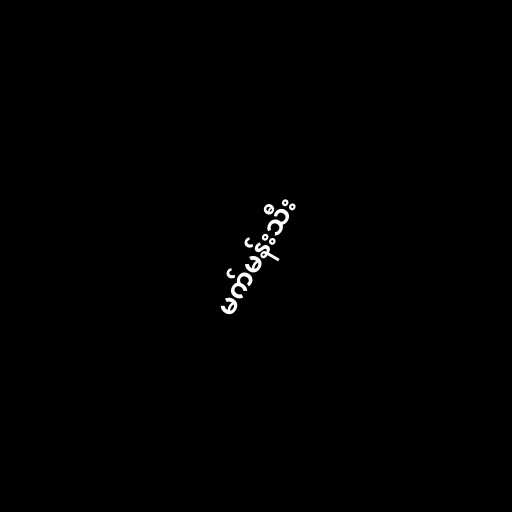
မက်မန်းသီး